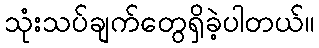
သုံးသပ်ချက်တွေရှိခဲ့ပါတယ်။